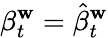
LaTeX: \beta_{t}^{\mathbf{w}}={\hat{{\beta}}}_{t}^{\mathbf{w}}